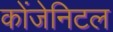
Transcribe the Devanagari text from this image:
कोंजेनिटल